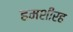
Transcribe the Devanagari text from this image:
हमशीरह